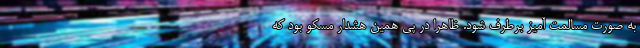
به صورت مسالمت آمیز برطرف شود. ظاهرا در پی همین هشدار مسکو بود که